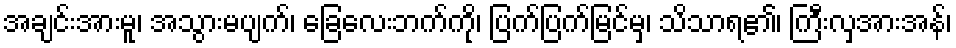
အချင်းအားမူ၊ အသွားမပျက်၊ ခြေလေးဘက်ကို၊ ပြက်ပြက်မြင်မှ၊ သိသာရ၏၊ ကြီးလှအားအန်၊